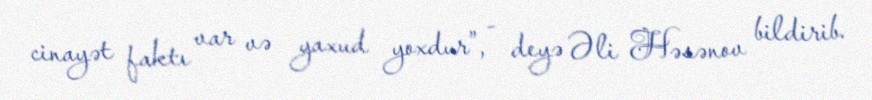
cinayət faktı var və yaxud yoxdur”, - deyə Əli Həsənov bildirib.